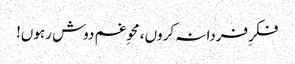
فکرِ فردا نہ کروں، محوِ غم دوش رہوں!